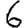
Digit: 6